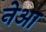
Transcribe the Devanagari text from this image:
नेआ